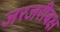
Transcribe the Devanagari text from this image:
जरजरीबक्ष